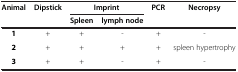
<table><thead><tr><td rowspan="2"><b>Animal</b></td><td rowspan="2"><b>Dipstick</b></td><td colspan="2"><b>Imprint</b></td><td rowspan="2"><b>PCR</b></td><td rowspan="2"><b>Necropsy</b></td></tr><tr><td><b>Spleen</b></td><td><b>lymph node</b></td></tr></thead><tbody><tr><td><b>1</b></td><td>+</td><td>+</td><td>-</td><td>+</td><td>-</td></tr><tr><td><b>2</b></td><td>+</td><td>+</td><td>+</td><td>+</td><td>spleen hypertrophy</td></tr><tr><td><b>3</b></td><td>+</td><td>+</td><td>-</td><td>+</td><td>-</td></tr></tbody></table>